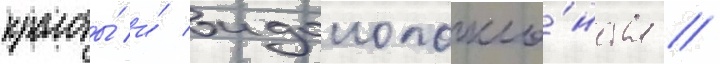
красоты́ и́ идолопокло́нства //